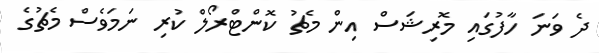
ދެ ވަނަ ހާފުގައި މޮރިޝަސް އިން މެޗު ކޮންޓްރޯލް ކުރި ނަމަވެސް މެޗުގެ